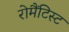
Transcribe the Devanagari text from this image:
रोमैंटिस्ट